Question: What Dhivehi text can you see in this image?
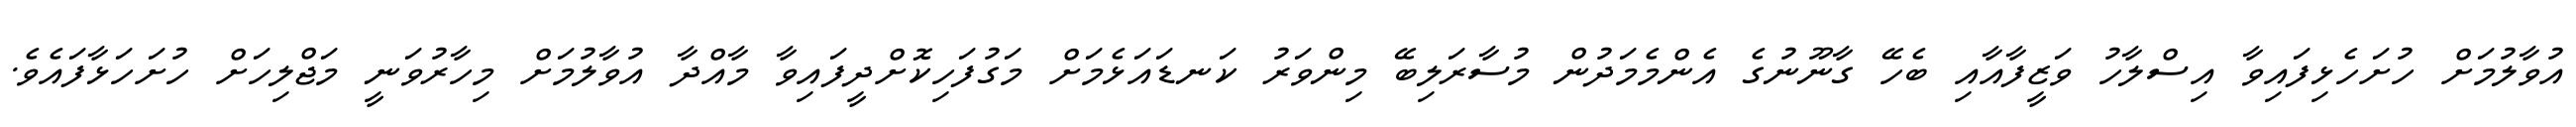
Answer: އުވާލުމަށް ހުށަހެޅިފައިވާ އިސްލާހު ވަޒީފާއާއި ބެހޭ ގާނޫނުގެ އެންމެމަދުން މުސާރަލިބޭ މިންވަރު ކަނޑައަޅެމަށް މަގުފަހިކޮށްދީފައިވާ މާއްދާ އުވާލުމަށް މިހާރުވަނީ މަޖްލިހަށް ހުށަހަޅާފައެވެ.